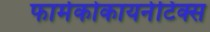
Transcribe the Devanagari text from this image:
फार्मकोकायनेटिक्स